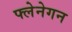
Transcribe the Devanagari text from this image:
फ्लेनेगन